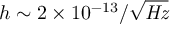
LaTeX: h \sim { 2 \times 1 0 ^ { - 1 3 } / { \sqrt { \mathit { H z } } } }